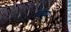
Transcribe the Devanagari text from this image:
सियूर